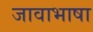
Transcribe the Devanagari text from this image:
जावाभाषा